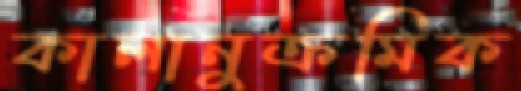
কালানুক্রমিক